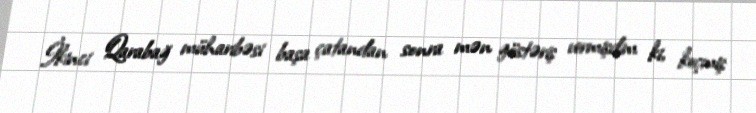
İkinci Qarabağ müharibəsi başa çatandan sonra mən göstəriş vermişdim ki, keçmiş